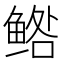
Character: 𱇼